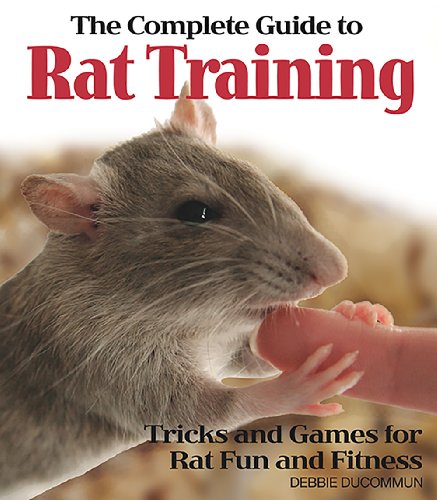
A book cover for The Complete Guide to Rat Training; Debbie Ducommun; Crafts, Hobbies & Home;